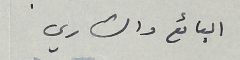
البائع والشاري